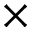
\times